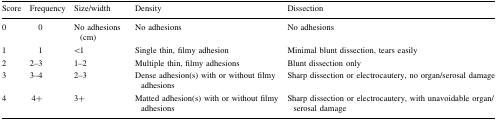
<table><thead><tr><td><b>Score</b></td><td><b>Frequency</b></td><td><b>Size/width</b></td><td><b>Density</b></td><td><b>Dissection</b></td></tr></thead><tbody><tr><td>0</td><td>0</td><td>No adhesions (cm)</td><td>No adhesions</td><td>No adhesions</td></tr><tr><td>1</td><td>1</td><td>&lt;1</td><td>Single thin, filmy adhesion</td><td>Minimal blunt dissection, tears easily</td></tr><tr><td>2</td><td>2–3</td><td>1–2</td><td>Multiple thin, filmy adhesions</td><td>Blunt dissection only</td></tr><tr><td>3</td><td>3–4</td><td>2–3</td><td>Dense adhesion(s) with or without filmy adhesions</td><td>Sharp dissection or electrocautery, no organ/serosal damage</td></tr><tr><td>4</td><td>4+</td><td>3+</td><td>Matted adhesion(s) with or without filmy adhesions</td><td>Sharp dissection or electrocautery, with unavoidable organ/serosal damage</td></tr></tbody></table>